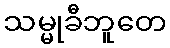
သမ္မုခီဘူတေ